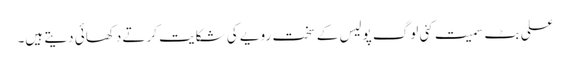
علی بٹ سمیت کئی لوگ پولیس کے سخت رویے کی شکایت کرتے دکھائی دیتے ہیں۔